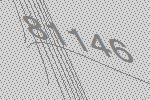
81146